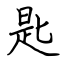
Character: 匙